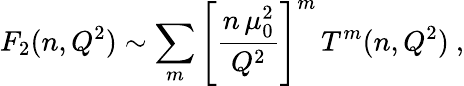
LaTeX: F_{2}(n,Q^{2})\sim\sum_{m}\left[\frac{n\, \mu_{0}^{2}}{Q^{2}}\right]^{m}\, T^{m}(n,Q^{2})\ ,